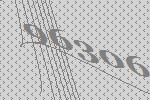
96306